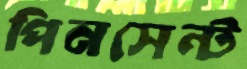
পিনসেন্ট